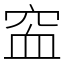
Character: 䆝